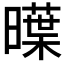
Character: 𣋑